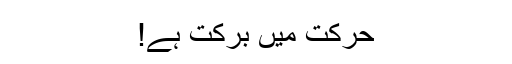
حرکت میں برکت ہے!